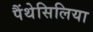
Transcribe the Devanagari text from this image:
पैंथेसिलिया